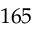
1 6 5